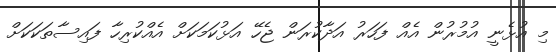
މި އުޅެނީ އުމުރުން އެއް ފަހަރު އަދާކުރަން ޖެހޭ އަޅުކަމަކަށް އެއްކުރިހާ ފައިސާތަކަކަށް